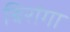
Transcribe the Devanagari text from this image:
बिरांगा